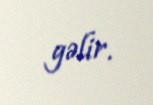
gəlir.